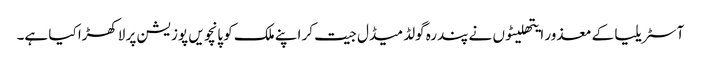
آسٹریلیا کے معذور ایتھلیٹوں نے پندرہ گولڈ میڈل جیت کر اپنے ملک کو پانچویں پوزیشن پر لاکھڑا کیا ہے۔